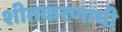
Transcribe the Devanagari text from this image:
शीतकरणाची